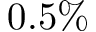
0 . 5 \%